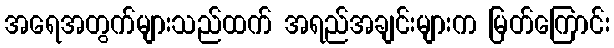
အရေအတွက်များသည်ထက် အရည်အချင်းများက မြတ်ကြောင်း